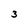
Character: 3